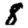
Digit: 8